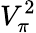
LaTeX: V_{\pi}^{2}